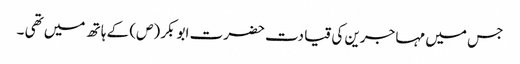
جس میں مہا جرین کی قیا دت حضرت ابو بکر (ص) کے ہا تھ میں تھی ۔